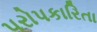
પરોપકારિતા